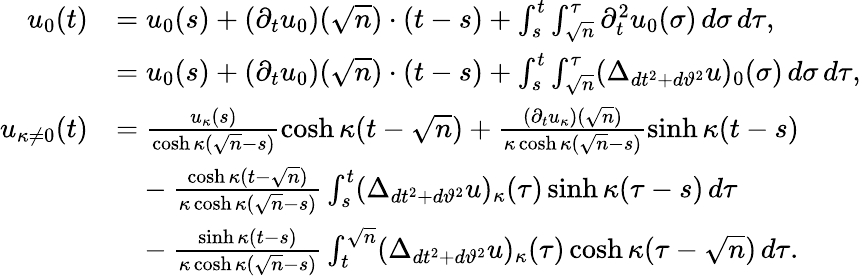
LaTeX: \begin{array}{rl}{u_{0}(t)}&{=u_{0}(s)+(\partial_{t}u_{0})(\sqrt{n})\cdot(t-s)+\int_{s}^{t}\int_{\sqrt{n}}^{\tau}\partial_{t}^{2}u_{0}(\sigma)\, d\sigma\, d\tau,}\\ &{=u_{0}(s)+(\partial_{t}u_{0})(\sqrt{n})\cdot(t-s)+\int_{s}^{t}\int_{\sqrt{n}}^{\tau}(\Delta_{dt^{2}+d\vartheta^{2}}u)_{0}(\sigma)\, d\sigma\, d\tau,}\\ {u_{\kappa\neq 0}(t)}&{=\frac{u_{\kappa}(s)}{\cosh\kappa(\sqrt{n}-s)}\cosh\kappa(t-\sqrt{n})+\frac{(\partial_{t}u_{\kappa})(\sqrt{n})}{\kappa\cosh\kappa(\sqrt{n}-s)}\sinh\kappa(t-s)}\\ &{\hphantom{=}-\frac{\cosh\kappa(t-\sqrt{n})}{\kappa\cosh\kappa(\sqrt{n}-s)}\int_{s}^{t}(\Delta_{dt^{2}+d\vartheta^{2}}u)_{\kappa}(\tau)\sinh\kappa(\tau-s)\, d\tau}\\ &{\hphantom{=}-\frac{\sinh\kappa(t-s)}{\kappa\cosh\kappa(\sqrt{n}-s)}\int_{t}^{\sqrt{n}}(\Delta_{dt^{2}+d\vartheta^{2}}u)_{\kappa}(\tau)\cosh\kappa(\tau-\sqrt{n})\, d\tau.}\end{array}